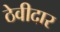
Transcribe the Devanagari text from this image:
ठेवीदार